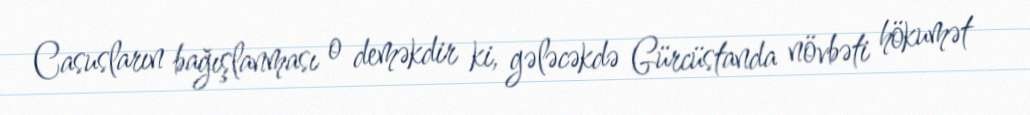
Casusların bağışlanması o deməkdir ki, gələcəkdə Gürcüstanda növbəti hökumət